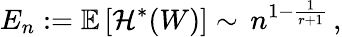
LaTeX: E_{n}:=\mathbb{E}\left[{\mathcal H}^{*}(W)\right]\sim\, n^{1-\frac{1}{r+1}}\, ,